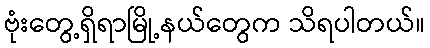
ဗုံးတွေ့ရှိရာမြို့နယ်တွေက သိရပါတယ်။